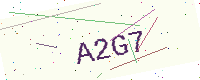
Text: A2G7